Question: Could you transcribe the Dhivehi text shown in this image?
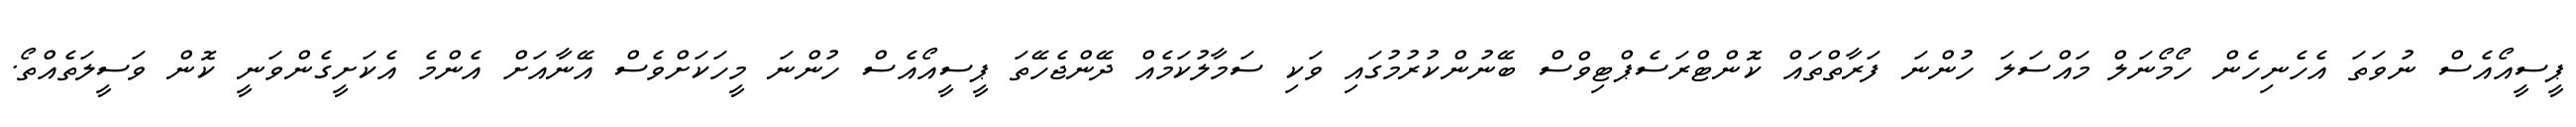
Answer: ޕީސީއޯއެސް ނުވަތަ އެހެނިހެން ހޯމޯނަލް މައްސަލަ ހުންނަ ފަރާތްތައް ކޮންޓްރަސެޕްޓިވްސް ބޭނުންކުރުމުގައި ވަކި ސަމާލުކަމެއް ދޭންޖެހޭތަ ޕީސީއޯއެސް ހުންނަ މީހަކަށްވެސް އޭނާއަށް އެންމެ އެކަށީގެންވަނީ ކޮން ވަސީލަތެއްތޯ.